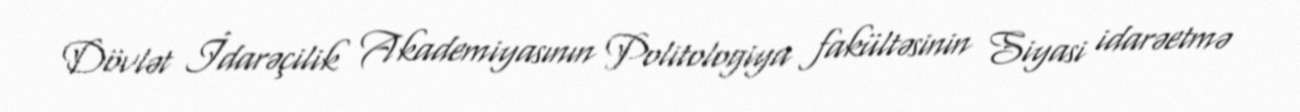
Dövlət İdarəçilik Akademiyasının Politologiya fakültəsinin Siyasi idarəetmə